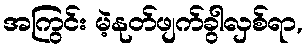
အကြွင်း မဲ့နုတ်ဖျက်ခွါလှစ်ရာ,